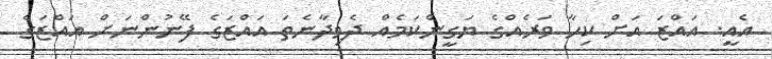
އެއީ. އައްޒަ އަށް ކިހާ ވަރެއްގެ ޔަގީންކަމެއް ދެވިދާނެތަ އައްޒަގެ ފޭނުންނަށް އައްޒަގެ